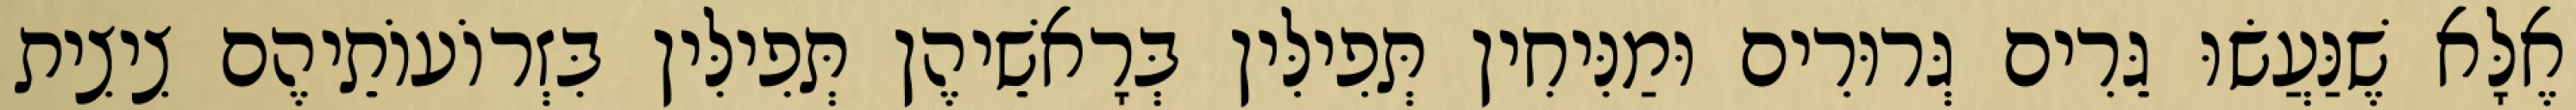
אֶלָּא שֶׁנַּעֲשׂוּ גֵּרִים גְּרוּרִים וּמַנִּיחִין תְּפִילִּין בְּרָאשֵׁיהֶן תְּפִילִּין בִּזְרוֹעוֹתֵיהֶם צִיצִית